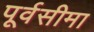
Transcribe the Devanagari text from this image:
पूर्वसीमा